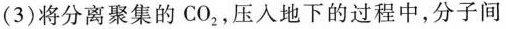
(3)将分离聚集的CO_{2}，压入地下的过程中，分子间